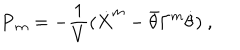
{ \bf P } _ { m } = - { \frac { 1 } { V } } ( \dot { X } ^ { m } - \bar { \theta } \Gamma ^ { m } \dot { \theta } ) \ ,